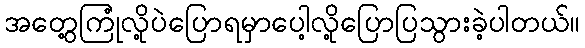
အတွေ့ကြုံလို့ပဲပြောရမှာပေါ့လို့ပြောပြသွားခဲ့ပါတယ်။